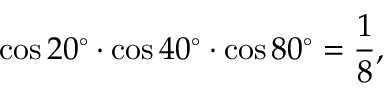
\cos 2 0 ^ { \circ } \cdot \cos 4 0 ^ { \circ } \cdot \cos 8 0 ^ { \circ } = { \frac { 1 } { 8 } } ,